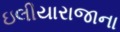
ઇલીયારાજાના